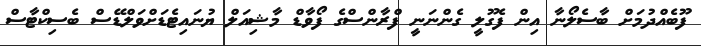
ފޫބެއްދުމަށް ބާސެލޯނާ އިން ފެގޫލީ ގެންނަނީ ފްރާންސްގެ ފޯވާޑް މާޝިއަލް ޔުނައިޓެޑަށްވަލްޑޭސް ބެސިކްޓާސް